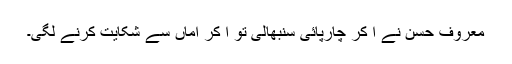
معروف حسن نے آ کر چارپائی سنبھالی تو آ کر اماں سے شکایت کرنے لگی۔